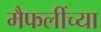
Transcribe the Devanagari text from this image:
मैफलींच्या